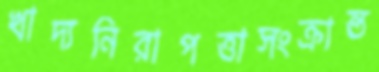
খাদ্যনিরাপত্তাসংক্রান্ত